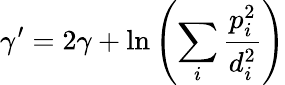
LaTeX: \gamma^{\prime}=2\gamma+\ln\left(\sum_{i}\frac{p_{i}^{2}}{d_{i}^{2}}\right)